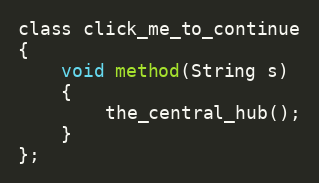
Language: C
class click_me_to_continue
{
	void method(String s)
	{
		the_central_hub();
	}
};